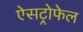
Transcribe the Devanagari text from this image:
ऐसट्रोफेल